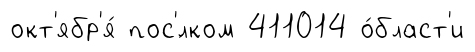
окт'ябр'я́ пос'́лком 411014 о́бласт'и